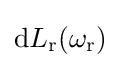
\mathrm {d} L_{\text{r}}(\omega _{\text{r}})